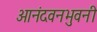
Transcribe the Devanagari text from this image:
आनंदवनभुवनी